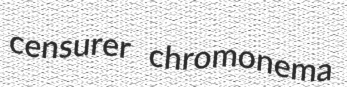
censurer chromonema